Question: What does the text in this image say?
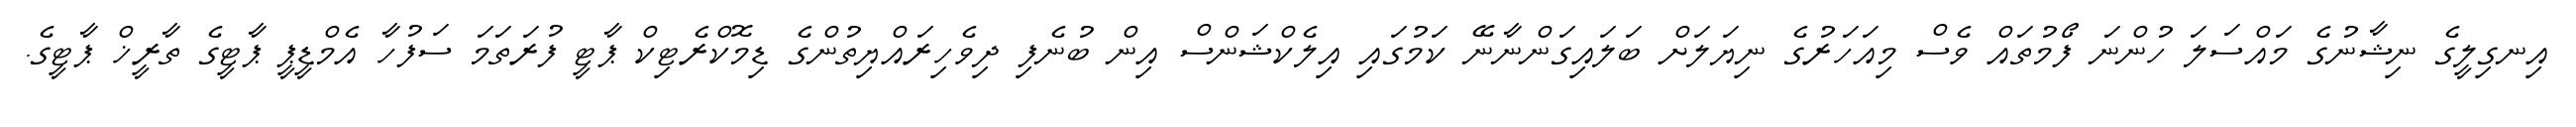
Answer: އިނގިލީގެ ނިޝާނުގެ މައްސަލަ ހުންނަ ފޯމުތައް ވެސް މިއަހަރުގެ ނިޔަލަށް ބަލައިގަންނާނޭ ކަމުގައި އިލެކްޝަންސް އިން ބުނެފި ދިވެހިރައްޔިތުންގެ ޑިމޮކްރެޓިކް ޕާޓީ ފުރަތަމަ ސަފުހާ އެމްޑީޕީ ޕާޓީގެ ތާރީޚް ޕާޓީގެ.